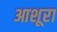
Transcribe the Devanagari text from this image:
आशूरा